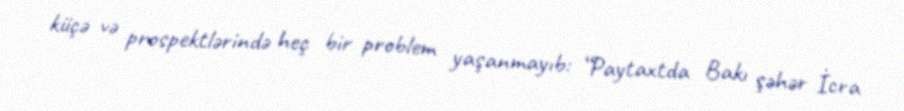
küçə və prospektlərində heç bir problem yaşanmayıb: “Paytaxtda Bakı şəhər İcra